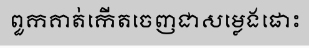
ពួកគាត់កើតចេញជាសម្លេងផោះ